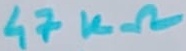
Text: 47KΩ